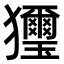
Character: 𤣗